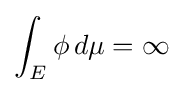
\int _{E}\phi \,d\mu =\infty